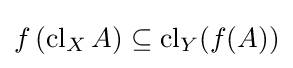
f\left(\operatorname {cl} _{X}A\right)\subseteq \operatorname {cl} _{Y}(f(A))